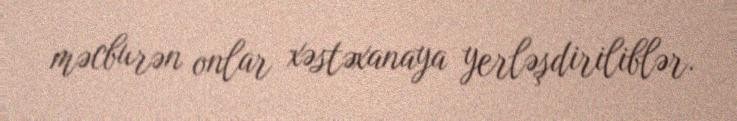
məcburən onlar xəstəxanaya yerləşdiriliblər.